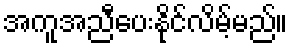
အကူအညီပေးနိုင်လိမ့်မည်။